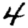
Digit: 4